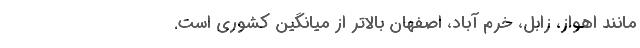
مانند اهواز، زابل، خرم آباد، اصفهان بالاتر از میانگین کشوری است.